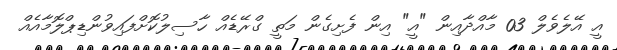
އީ އޭލެވެލް 03 މާއްދާއިން "އީ" އިން ފެށިގެން މަތީ ގްރޭޑެއް ހާސިލުކޮށްފައިވުންޑިޕްލޮމާއެއް